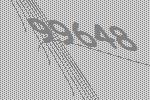
99648